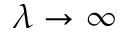
\lambda \to \infty